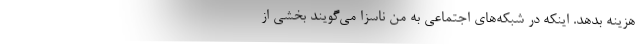
هزینه بدهد. اینکه در شبکه‌های اجتماعی به من ناسزا می‌گویند بخشی از